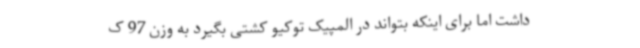
داشت اما برای اینکه بتواند در المپیک توکیو کشتی بگیرد به وزن 97 ک